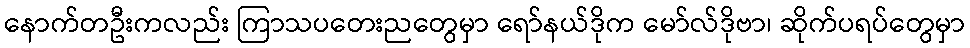
နောက်တဦးကလည်း ကြာသပတေးညတွေမှာ ရော်နယ်ဒိုက မော်လ်ဒိုဗာ၊ ဆိုက်ပရပ်တွေမှာ